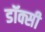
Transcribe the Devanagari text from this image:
डॉक्सी